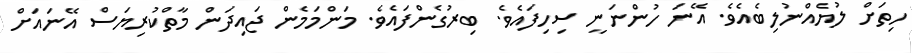
ހިތަށް ލުޔެއްނުލިބެއެވެ. އޭނަ ހުންނަނީ ސިހިފައެވެ. ބިރުގެންފައެވެ. މަންމަމެން ޖައިދަން މާތްކުރިޔަސް އޭނައަށް